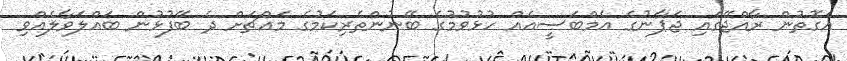
އެގޮތުން ރާއްޖޭގައި ޖަޕާނުގެ އެމްބަސީއެއް ހުޅުވުމުގެ ބޭނުންތެރިކަމުގެ މައްޗަށް ދެ ބޭފުޅުން ބައްލަވާލެއްވި